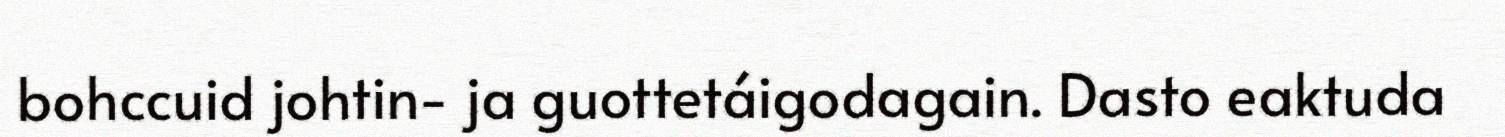
bohccuid johtin- ja guottetáigodagain. Dasto eaktuda